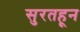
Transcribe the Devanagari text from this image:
सुरतहून